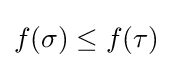
f(\sigma )\leq f(\tau )